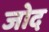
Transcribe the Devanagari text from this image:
जोद